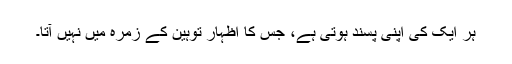
ہر ایک کی اپنی پسند ہوتی ہے، جس کا اظہار توہین کے زمرہ میں نہیں آتا۔